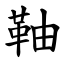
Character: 䩜